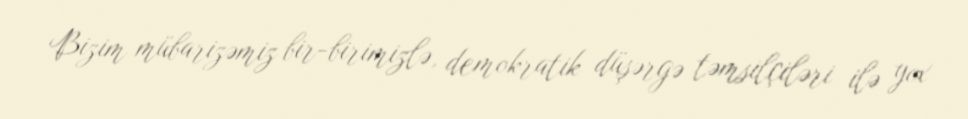
Bizim mübarizəmiz bir-birimizlə, demokratik düşərgə təmsilçiləri ilə yox